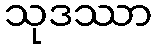
သုဒဿာ